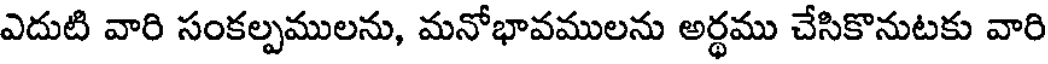
ఎదుటి వారి సంకల్పములను, మనోభావములను అర్ధము చేసికొనుటకు వారి